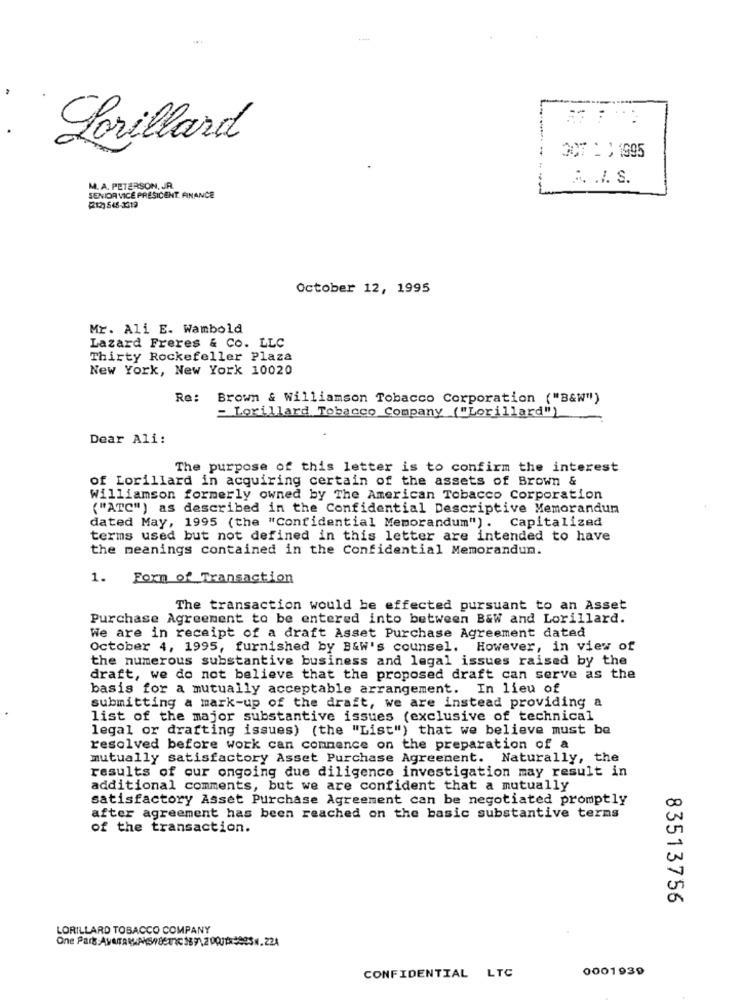
----
.
Lorillard
OCT L) 1995
.. . I. S.
M. A. PETERSON, JR.
SENIOR VICE PRESICENT. FINANCE
October 12, 1995
Mr. Ali E. Wambold
Lazard Freres & Co. LLC
Thirty Rockefeller Plaza
New York, New York 10020
Re:
Brown & Williamson Tobacco Corporation ("B&W")
= Lorillard Tobacco Company ("Lorillard")
Dear Ali:
The purpose of this letter is to confirm the interest
of Lorillard in acquiring certain of the assets of Brown &
Williamson formerly owned by The American Tobacco Corporation
("ATC") as described in the Confidential Descriptive Memorandum
dated May, 1995 (the "Confidential Memorandum"). Capitalized
terms used but not defined in this letter are intended to have
the meanings contained in the Confidential Memorandum.
1. Form of Transaction
The transaction would be effected pursuant to an Asset
Purchase Agreement to be entered into between B&W and Lorillard.
We are in receipt of a draft Asset Purchase Agreement dated
October 4, 1995, furnished by B&W's counsel. However, in view of
the numerous substantive business and legal issues raised by the
draft, we do not believe that the proposed draft can serve as the
basis for a mutually acceptable arrangement. In lieu of
submitting a mark-up of the draft, we are instead providing a
list of the major substantive issues (exclusive of technical
legal or drafting issues) (the "List") that we believe must be
resolved before work can commence on the preparation of a
mutually satisfactory Asset Purchase Agreement. Naturally, the
results of our ongoing due diligence investigation may result in
additional comments, but we are confident that a mutually
satisfactory Asset Purchase Agreement can be negotiated promptly
after agreement has been reached on the basic substantive terms
of the transaction.
83513756
LORILLARD TOBACCO COMPANY
0001939
CONFIDENTIAL LTC